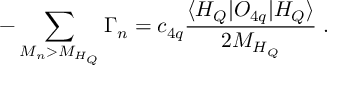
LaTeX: - \sum _ { M _ { n } > M _ { H _ { Q } } } \Gamma _ { n } = c _ { 4 q } \frac { \langle H _ { Q } | { \cal O } _ { 4 q } | H _ { Q } \rangle } { 2 M _ { H _ { Q } } } \; .